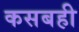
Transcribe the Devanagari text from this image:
कसबही